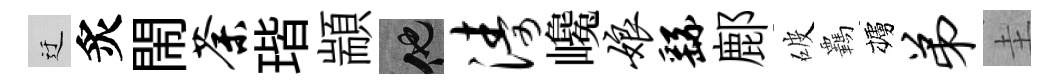
迂炙閙荼瑎顓他涛巉娘繇鄜破覊櫨弟圭